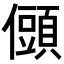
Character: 𭀆